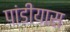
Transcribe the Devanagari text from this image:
पांडीयास